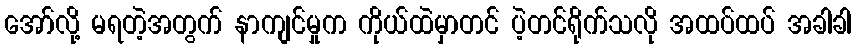
အော်လို့ မရတဲ့အတွက် နာကျင်မှုက ကိုယ်ထဲမှာတင် ပဲ့တင်ရိုက်သလို အထပ်ထပ် အခါခါ